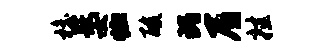
檐嫠恤酸瑰屑挂